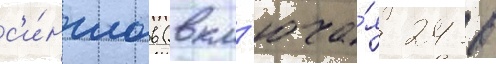
с'и́нглов (вкл'юча́я 24 в